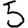
Digit: 5